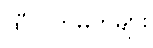
ထီလက်မှတ်များ